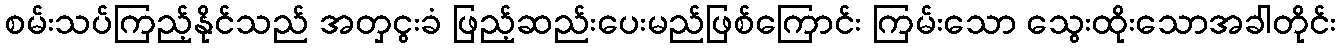
စမ်းသပ်ကြည့်နိုင်သည် အတှငွးခံ ဖြည့်ဆည်းပေးမည်ဖြစ်ကြောင်း ကြမ်းသော သွေးထိုးသောအခါတိုင်း